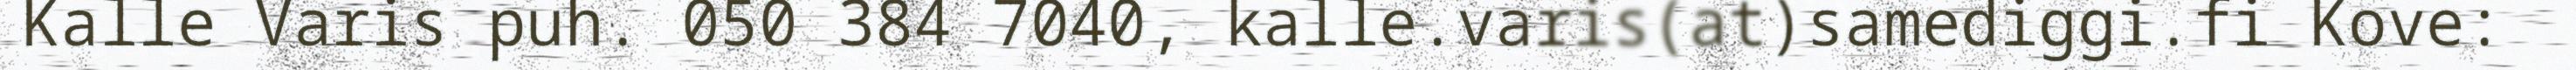
Kalle Varis puh. 050 384 7040, kalle.varis(at)samediggi.fi Kove: